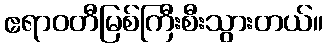
ဧရာဝတီမြစ်ကြီးစီးသွားတယ်။